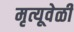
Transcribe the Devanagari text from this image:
मृत्यूवेळी